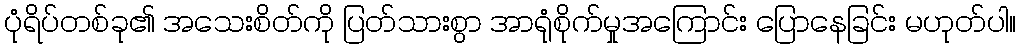
ပုံရိပ်တစ်ခု၏ အသေးစိတ်ကို ပြတ်သားစွာ အာရုံစိုက်မှုအကြောင်း ပြောနေခြင်း မဟုတ်ပါ။